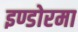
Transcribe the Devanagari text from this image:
इण्डोरमा